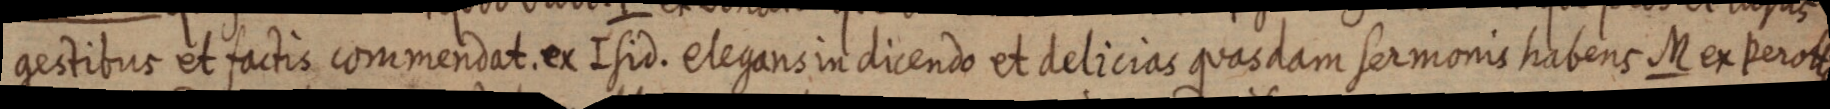
gestibus et factis commendat. ex Isid. elegans in dicendo et delicias quasdam sermonis habens M ex Perotto